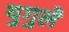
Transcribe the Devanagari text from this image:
युगुले